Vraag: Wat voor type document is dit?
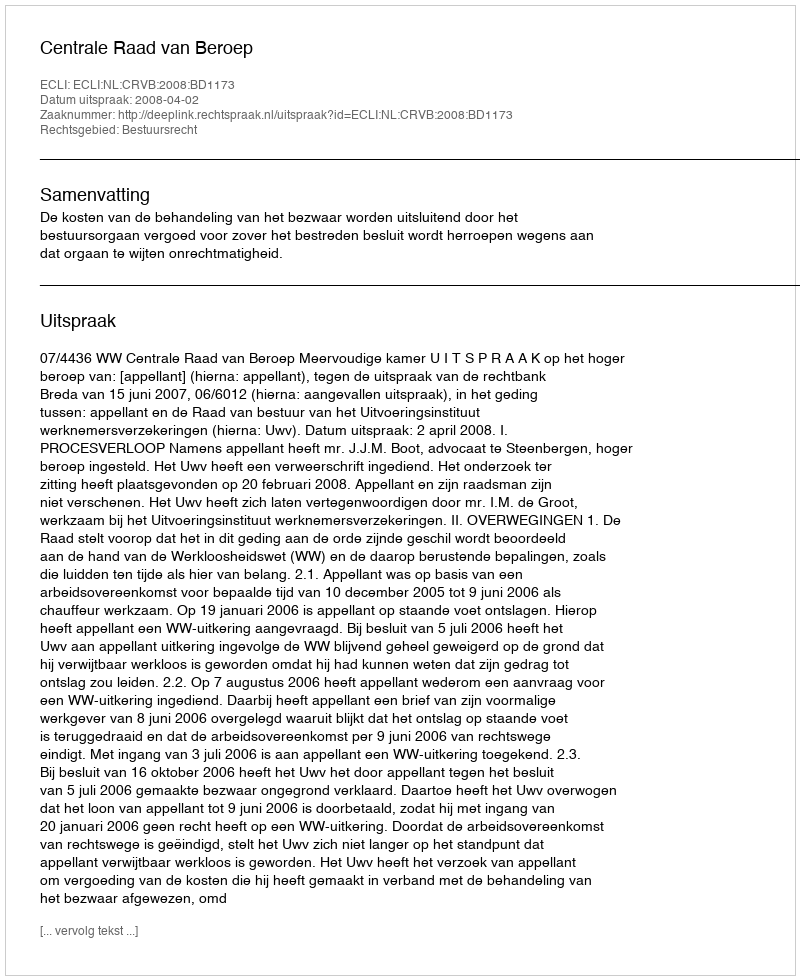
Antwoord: Uitspraak